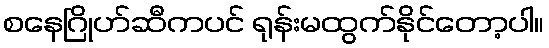
စနေဂြိုဟ်ဆီကပင် ရုန်းမထွက်နိုင်တော့ပါ။